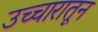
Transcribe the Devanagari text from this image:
उच्चारातून